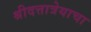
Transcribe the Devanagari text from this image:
श्रीदत्तात्रेयाचा